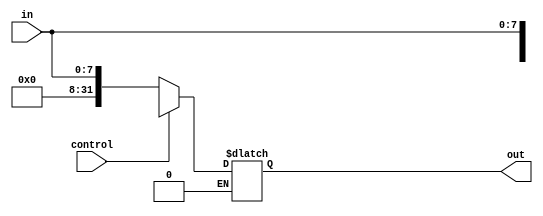
`timescale 1ns / 1ps
////////////////////////////////////////////////////////////////////////////////
// ECE369 - Computer Architecture
// Group Members: Alan Manuel Loreto Cornidez, Haseeb Sarwar Irfan, Chris William Bremser
// Effort: 1/3 each
// Module - SignExtension.v
// Description - Sign extension module.
////////////////////////////////////////////////////////////////////////////////
module SignExtension_8Bit_to_32_bit(in, out, control);

    /* A 16-Bit input word */
    input [7:0] in;
    input control;
    /* A 32-Bit output word */
    output reg [31:0] out;
    

    always @(*)
    begin
        
        if(control == 0)
        begin
            out <= {24'b0, in[7:0]};
        end
        else if(control == 1)
        begin
            out <= { { 24 {in[15]} }, in[15:0] };
        end
    end
    


endmodule